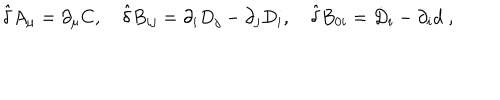
LaTeX: { \hat { \delta } } A _ { \mu } = \partial _ { \mu } C , \quad { \hat { \delta } } B _ { i j } = \partial _ { i } D _ { j } - \partial _ { j } D _ { i } , \quad { \hat { \delta } } B _ { 0 i } = { \dot { D } } _ { i } - \partial _ { i } d \; ,